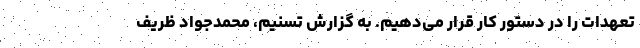
تعهدات را در دستور کار قرار می‌دهیم. به گزارش تسنیم، محمدجواد ظریف